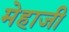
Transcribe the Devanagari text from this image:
मेहाजी